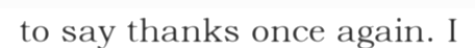
to say thanks once again. I